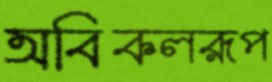
অবিকলরূপ